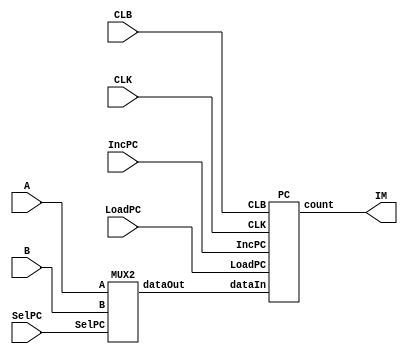
//c

module PC_module(

	output wire [7:0] IM,
	input wire  [7:0] A,
	input wire  [3:0] B,
	input wire	SelPC,
	input wire	CLK,
	input wire	CLB,
	input wire	IncPC,
	input wire	LoadPC );

	wire [7:0] MUX2_to_PC;

	MUX2 mux2instance(MUX2_to_PC, A, B, SelPC);
	PC PCinstance(IM, MUX2_to_PC, CLK, CLB, IncPC, LoadPC);

endmodule

module MUX2(dataOut, A, B, SelPC);

	output [7:0]	dataOut;
	input  [7:0]	A;
	input  [3:0]	B;
	input 			SelPC;
	assign dataOut = SelPC ? B:A;

endmodule

module PC( count, dataIn, CLK, CLB, IncPC, LoadPC);

	output [7:0] count;
	input [7:0] dataIn;
	input CLK;
	input CLB;
	input IncPC;
	input LoadPC;
	reg [7:0] count;
	
reg doThings = 1;

always @(negedge CLK) begin
doThings = ~doThings;
end

always @(posedge doThings) begin

	if (LoadPC) 
		count <= dataIn;
	else if (IncPC)
		count <= count + 1'b1;
	if (IncPC)
		if (LoadPC)
			count <= 'b0;
end

endmodule